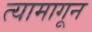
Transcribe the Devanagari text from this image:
त्यामागून